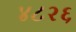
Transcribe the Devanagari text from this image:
४८२६